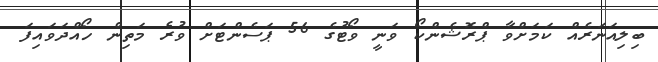
ބިލިއަނަރެއް ކަމަށްވާ ޕްރޮޝެންކޯ ވަނީ ވޯޓުގެ 56 ޕަސެންޓަށް ވުރެ މަތިން ހޯއްދަވައިފަ